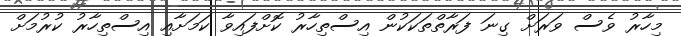
މިހާރު ވެސް ވަރަށް ގިނަ ފަރާތްތަކަކުން އިސްތިހާރު ކޮށްފައިވާ ކަމަށާއި އިސްތިހާރު ކުރުމަށް